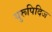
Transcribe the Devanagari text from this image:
युरूपिदिज